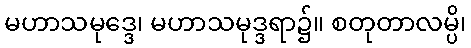
မဟာသမုဒ္ဒေ၊ မဟာသမုဒ္ဒရာ၌။ စတုတာလမ္ပိ၊